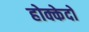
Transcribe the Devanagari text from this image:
होक्केदो